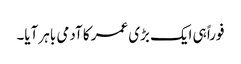
فوراً ہی ایک بڑی عمر کا آدمی باہر آیا۔